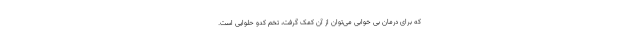
که برای درمان بی خوابی می‌توان از آن کمک گرفت، تخم کدو حلوایی است.